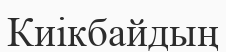
Киікбайдың